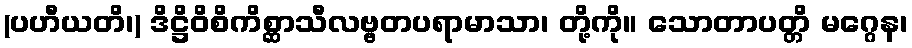
(ပဟီယတိ၊) ဒိဋ္ဌိဝိစိကိစ္ဆာသီလဗ္ဗတပရာမာသာ၊ တို့ကို။ သောတာပတ္တိ မဂ္ဂေန၊